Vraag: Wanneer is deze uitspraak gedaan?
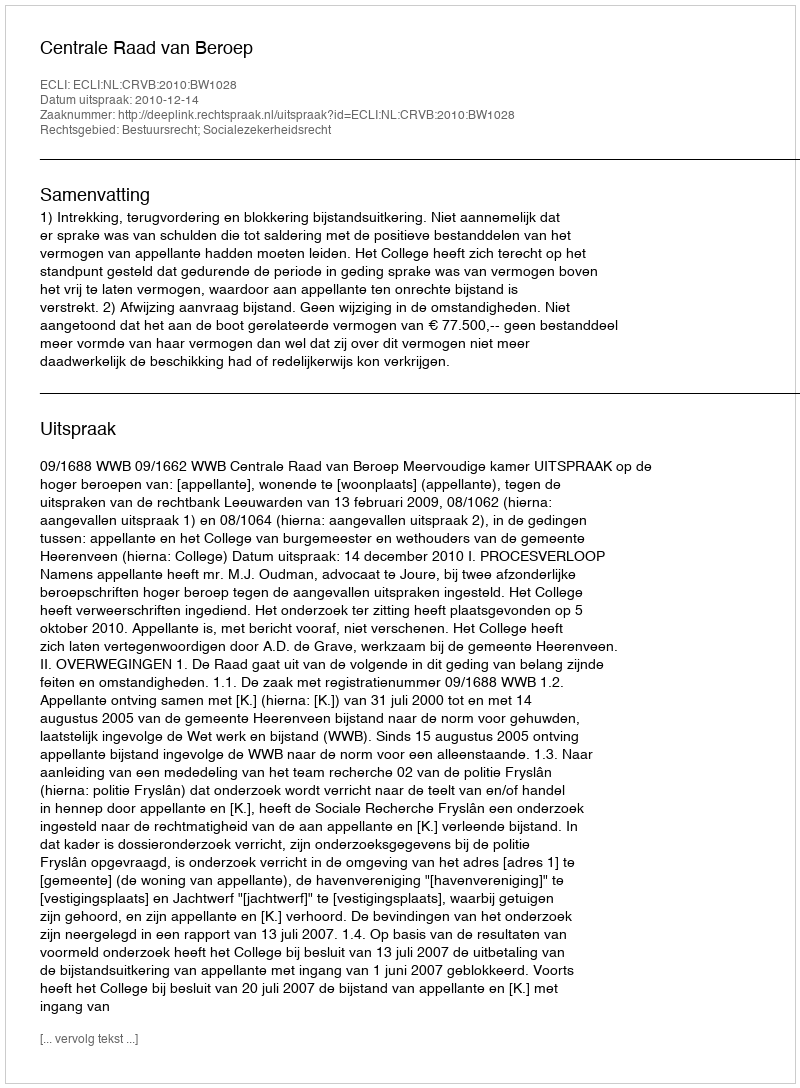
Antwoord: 2010-12-14